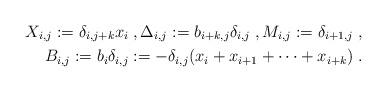
LaTeX: \begin{align*} X_{i,j}:=\delta_{i,j+k}x_i\;,\Delta_{i,j}:=b_{i+k,j}\delta_{i,j}\;,M_{i,j}:=\delta_{i+1,j}\;, \\ B_{i,j}:=b_i\delta_{i,j}:=-\delta_{i,j}(x_i+x_{i+1}+\cdots+x_{i+k})\;. \end{align*}